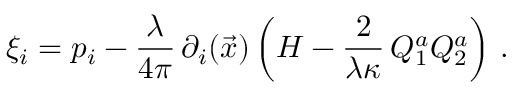
\xi _ { i } = p _ { i } - { \frac { \lambda } { 4 \pi } } \, \partial _ { i } ( \vec { x } ) \left( H - { \frac { 2 } { \lambda \kappa } } \, Q _ { 1 } ^ { a } Q _ { 2 } ^ { a } \right) \, .